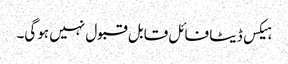
ہیکس ڈیٹا فائل قابل قبول نہیں ہوگی۔